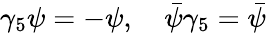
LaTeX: \gamma_{5}\psi=-\psi,\quad\bar{\psi}\gamma_{5}=\bar{\psi}